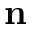
{ \bf n }